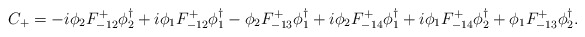
\begin{align*}C_+=-i\phi_2F_{-12}^+\phi_2^\dagger+i\phi_1F_{-12}^+\phi_1^\dagger -\phi_2F_{-13}^+\phi_1^\dagger+i\phi_2F_{-14}^+\phi_1^\dagger +i\phi_1F_{-14}^+\phi_2^\dagger+\phi_1F_{-13}^+\phi_2^\dagger.\end{align*}